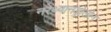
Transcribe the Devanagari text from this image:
नरेथ्यानड्रोलोन